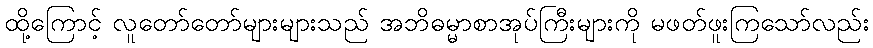
ထို့ကြောင့် လူတော်တော်များများသည် အဘိဓမ္မာစာအုပ်ကြီးများကို မဖတ်ဖူးကြသော်လည်း